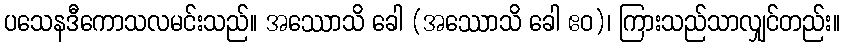
ပသေနဒီကောသလမင်းသည်။ အဿောသိ ခေါ (အဿောသိ ခေါ ဧဝ)၊ ကြားသည်သာလျှင်တည်း။